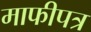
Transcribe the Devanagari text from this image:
माफीपत्र